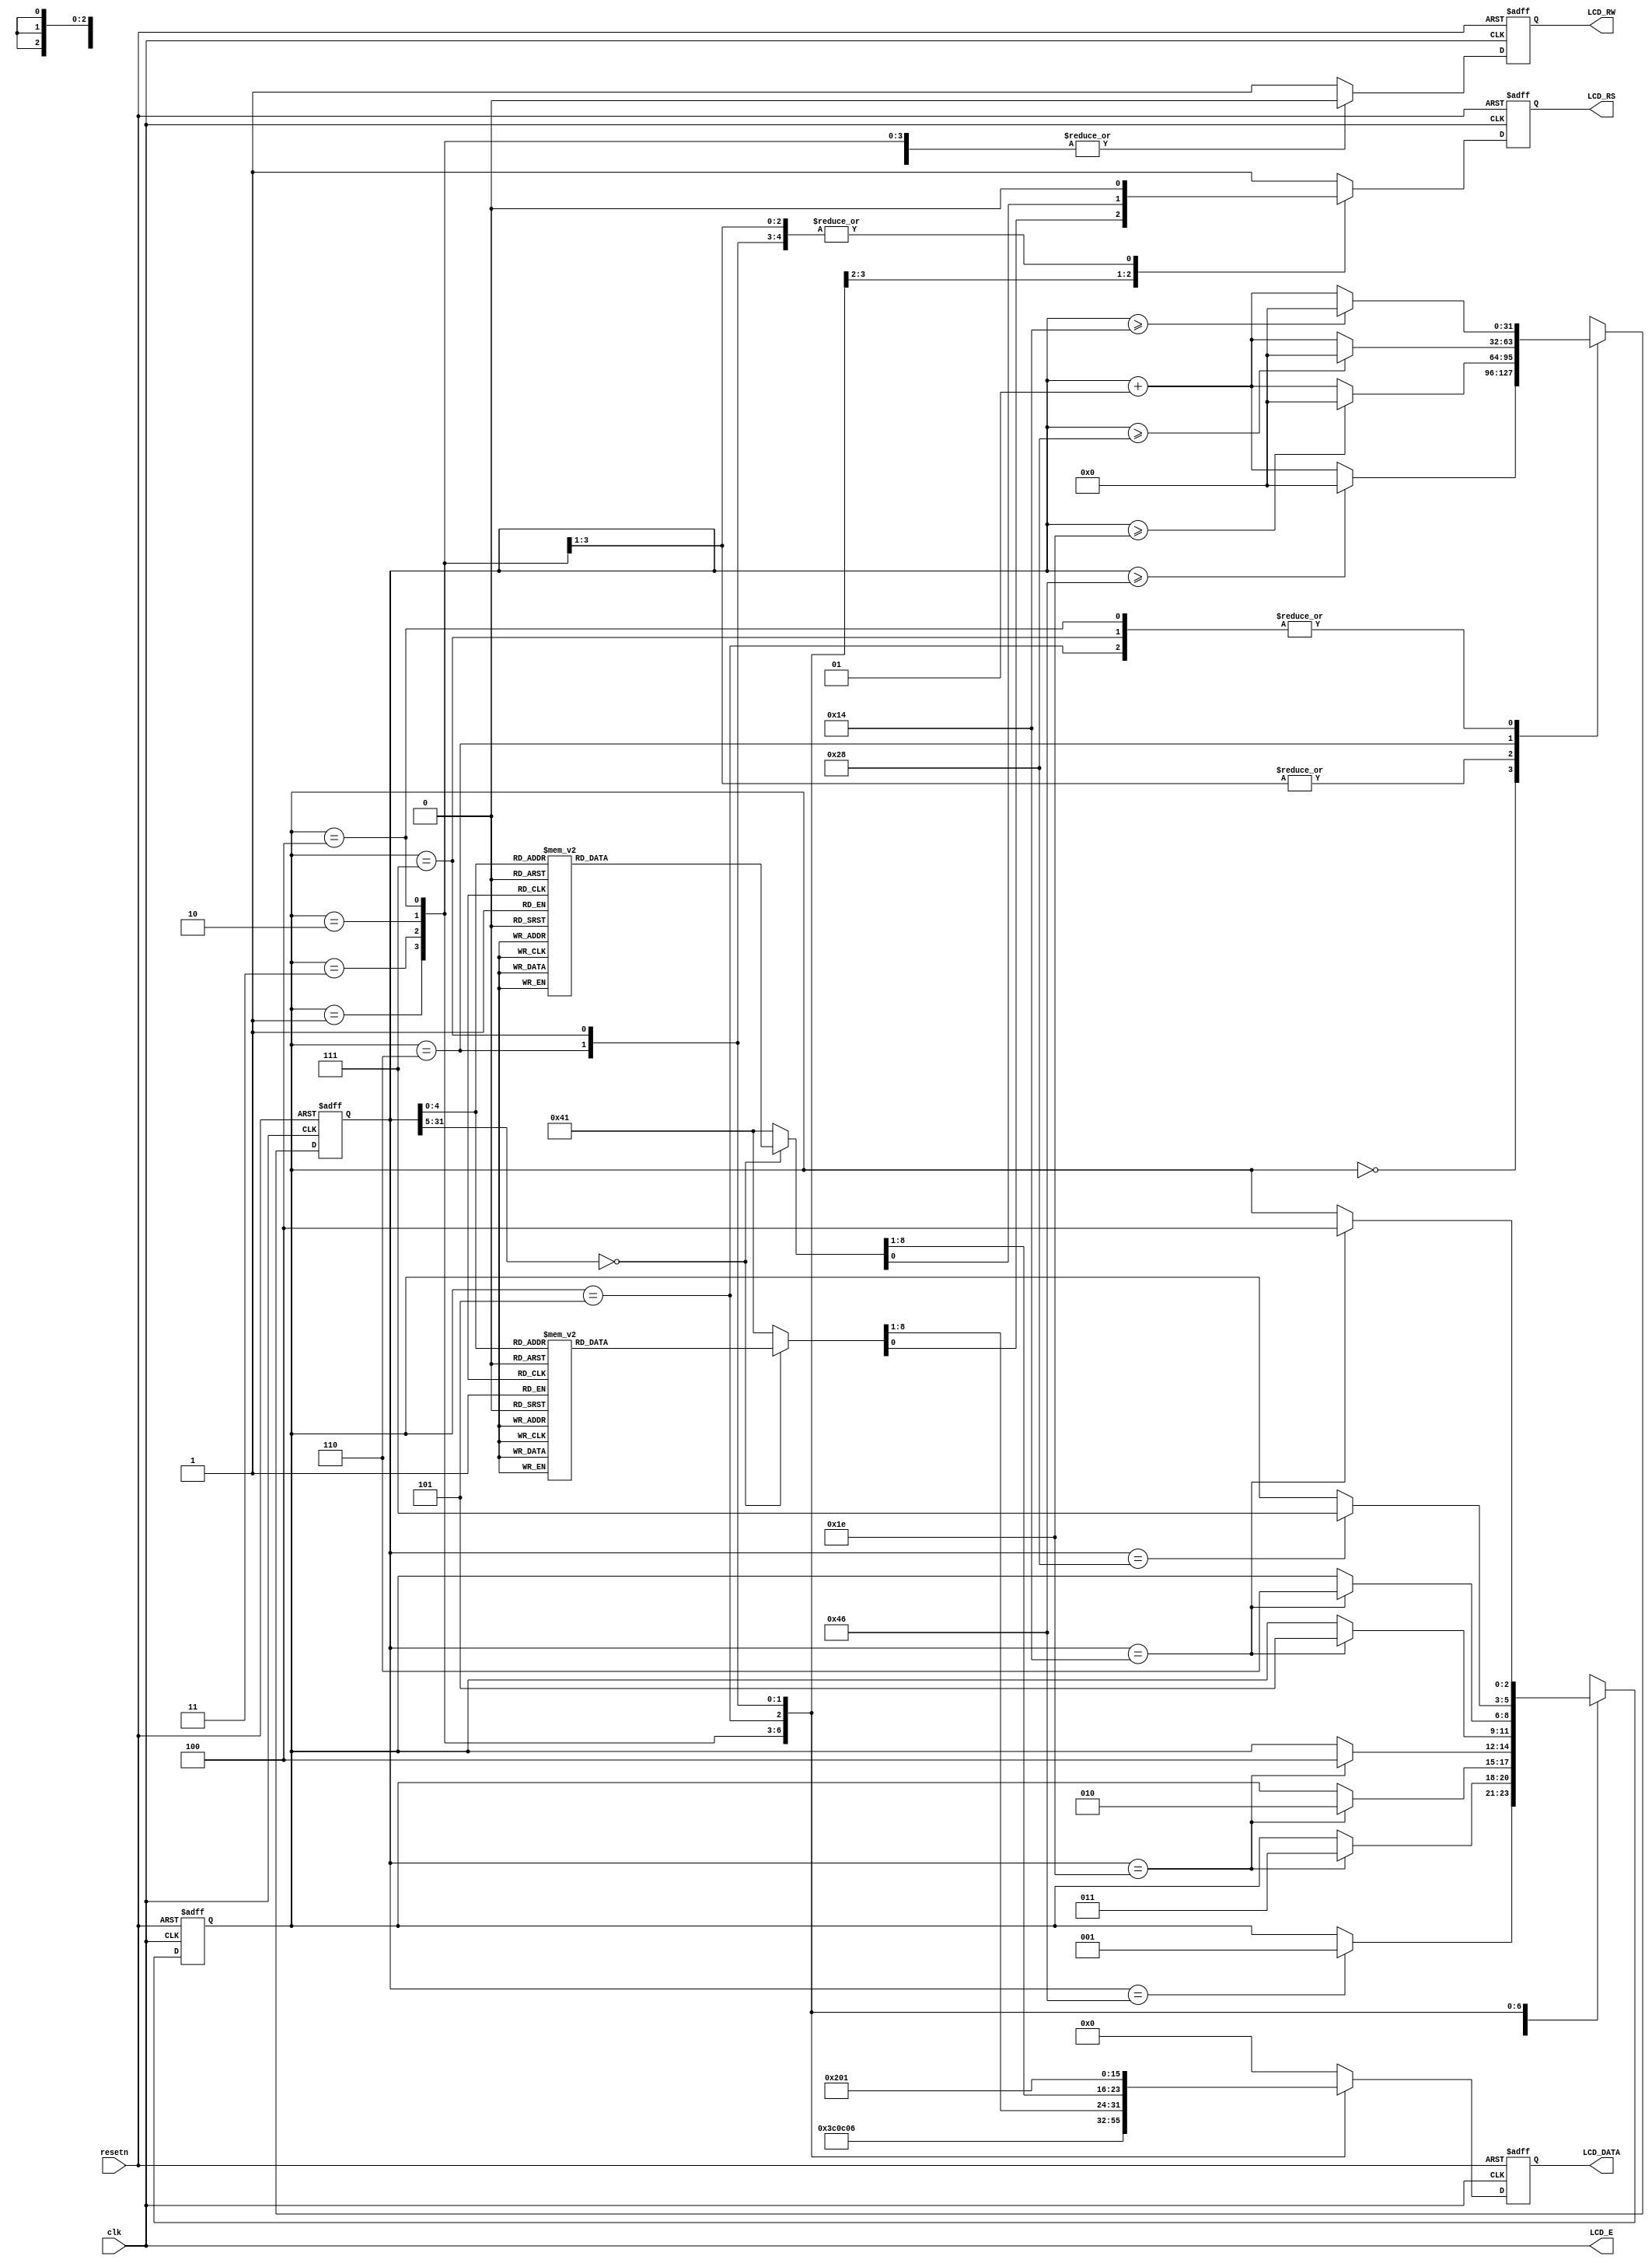
module textlcd6(resetn,clk,LCD_E,LCD_RS,LCD_RW,LCD_DATA);

input resetn,clk;
output LCD_E,LCD_RS,LCD_RW;
output [7:0]LCD_DATA;

wire LCD_E;
reg LCD_RS,LCD_RW;
reg [7:0] LCD_DATA;
reg [2:0] state;

parameter   delay          =3'b000, 
            function_set   =3'b001,
            entry_mode     =3'b010,
            disp_onoff     =3'b011,
            line1          =3'b100,  
            line2          =3'b101,
            delay_t        =3'b110,
            clear_disp     =3'b111;

integer CNT;

always @(posedge resetn or posedge clk)
begin
   if(resetn) state = delay;
   else begin   
      case(state)
         delay:            if(CNT==70)    state = function_set;
         function_set:     if(CNT==30)    state = disp_onoff;
         disp_onoff:       if(CNT==30)    state = entry_mode;
         entry_mode:       if(CNT==30)    state = line1;
         line1:            if(CNT==20)    state = line2;
         line2:            if(CNT==20)    state = delay_t;
         delay_t:          if(CNT==40)   state = clear_disp;
         clear_disp:       if(CNT==20)   state = line1;
         default:                         state = delay;
      endcase
   end
end


always @(posedge resetn or posedge clk)
begin
   if(resetn) CNT=0;
   else
      begin   
         case(state)
            delay:          if(CNT>=70)CNT=0;
                           else CNT=CNT+1;
            function_set:    if(CNT>=30)CNT=0;
                           else CNT=CNT+1;
            disp_onoff:      if(CNT>=30)CNT=0;
                           else CNT=CNT+1;
            entry_mode:      if(CNT>=30)CNT=0;
                           else CNT=CNT+1;
            line1:         if(CNT>=20)CNT=0;
                           else CNT=CNT+1;
            line2:         if(CNT>=20)CNT=0;
                           else CNT=CNT+1;
            delay_t:         if(CNT>=40)CNT=0;
                           else CNT=CNT+1;
            clear_disp:    if(CNT>=20)CNT=0;
                           else CNT=CNT+1;
            default:         CNT=0;
         endcase
      end
end




always @(posedge resetn or posedge clk)
begin
   if(resetn) begin
      LCD_RS=1'b1;
      LCD_RW=1'b1;
      LCD_DATA=8'b00000000;
   end
   else
      begin   
         case(state)
            function_set:    begin
                              LCD_RS=1'b0;
                              LCD_RW=1'b0;
                              LCD_DATA=8'b00111100;
                           end
            disp_onoff:      begin
                              LCD_RS=1'b0;
                              LCD_RW=1'b0;
                              LCD_DATA=8'b00001100;
                           end
            entry_mode:      begin
                              LCD_RS=1'b0;
                              LCD_RW=1'b0;
                              LCD_DATA=8'b00000110;
                           end
            line1:         begin
                              LCD_RW=1'b0;
                              case(CNT)
                                 0:begin
                                    LCD_RS=1'b0;LCD_DATA=8'b10000000;//address
                                 end
                                 1:begin
                                    LCD_RS=1'b1;LCD_DATA=8'b01011001;//address
                                    //y
                                 end
                                 2:begin
                                    LCD_RS=1'b1;LCD_DATA=8'b01001111;//address
                                    //o
                                 end
                                 3:begin
                                    LCD_RS=1'b1;LCD_DATA=8'b01010101;//address
                                    //u
                                 end
                                 4:begin
                                    LCD_RS=1'b1;LCD_DATA=8'b00100000;//address
                                    //
                                 end
                                 5:begin
                                    LCD_RS=1'b1;LCD_DATA=8'b01010111;//address
                                    //w
                                 end
                                 6:begin
                                    LCD_RS=1'b1;LCD_DATA=8'b01001001;//address
                                    //i
                                 end
                                 7:begin
                                    LCD_RS=1'b1;LCD_DATA=8'b01101110;//address
                                    //n
                                 end
                                 8:begin
                                    LCD_RS=1'b1; LCD_DATA=8'b00100001;
                                    //!
                                 end
                                 9:begin
                                    LCD_RS=1'b1; LCD_DATA=8'b00100001;
                                    //!
                                 end
                                 10:begin
                                    LCD_RS=1'b1;LCD_DATA=8'b00100001;
                                    //!
                                 end
                                 11:begin
                                    LCD_RS=1'b1;LCD_DATA=8'b00100000;
                                    //
                                 end
                                 12:begin
                                    LCD_RS=1'b1;LCD_DATA=8'b00100000;
                                    //
                                 end
                                 13:begin
                                    LCD_RS=1'b1;LCD_DATA=8'b00100000;
                                    //
                                 end
                                 14:begin
                                    LCD_RS=1'b1;LCD_DATA=8'b00100000;
                                    //
                                 end
                                 15:begin
                                    LCD_RS=1'b1;LCD_DATA=8'b00100000;
                                    //
                                 end
                                 16:begin
                                    LCD_RS=1'b1;LCD_DATA=8'b00100000;
                                    //
                                 end
                                 default:begin
                                    LCD_RS=1'b1;LCD_DATA=8'b00100000;//
                                 end
                              endcase
                           end
            line2:         begin
                              LCD_RW=1'b0;
                              case(CNT)
                                 0:begin
                                    LCD_RS=1'b0;LCD_DATA=8'b11000000;//address
                                 end
                                 1:begin
                                    LCD_RS=1'b1;LCD_DATA=8'b01010000;//address
                                    //p
                                 end
                                 2:begin
                                    LCD_RS=1'b1;LCD_DATA=8'b01010010;//address
                                    //r
                                 end
                                 3:begin
                                    LCD_RS=1'b1;LCD_DATA=8'b01000101;//address
                                    //e
                                 end
                                 4:begin
                                    LCD_RS=1'b1;LCD_DATA=8'b01010011;//address
                                    //s
                                 end
                                 5:begin
                                    LCD_RS=1'b1;LCD_DATA=8'b01010011;//address
                                    //s
                                 end
                                 6:begin
                                    LCD_RS=1'b1;LCD_DATA=8'b00100000;//address
                                    //
                                 end
                                 7:begin
                                    LCD_RS=1'b1;LCD_DATA=8'b00100011;//address
                                    //#
                                 end
                                 8:begin
                                    LCD_RS=1'b1;LCD_DATA=8'b00100000;//address
                                    //
                                 end
                                 9:begin
                                    LCD_RS=1'b1;LCD_DATA=8'b00100000;//address
                                    //
                                 end
                                 10:begin
                                    LCD_RS=1'b1;LCD_DATA=8'b00100000;//address
                                    //
                                 end
                                 11:begin
                                    LCD_RS=1'b1;LCD_DATA=8'b00100000;
                                    //
                                 end
                                 12:begin
                                    LCD_RS=1'b1;LCD_DATA=8'b00100000;
                                    //
                                 end
                                 13:begin
                                    LCD_RS=1'b1;LCD_DATA=8'b00100000;
                                    // 
                                 end
                                 14:begin
                                    LCD_RS=1'b1;LCD_DATA=8'b00100000;
                                    // 
                                 end
                                 15:begin
                                    LCD_RS=1'b1;LCD_DATA=8'b00100000;
                                    // 
                                 end
                                 16:begin
                                    LCD_RS=1'b1;LCD_DATA=8'b00100000;
                                    // 
                                 end
                                 default:begin
                                    LCD_RS=1'b1;LCD_DATA=8'b00100000;//
                                 end
                              endcase
                           end
            delay_t:         begin
                              LCD_RS=1'b0;
                              LCD_RW=1'b0;
                              LCD_DATA=8'b00000010;
                           end
            clear_disp:    begin
                              LCD_RS=1'b0;
                              LCD_RW=1'b0;
                              LCD_DATA=8'b00000001;
                           end
            default:         begin
                              LCD_RS=1'b1;
                              LCD_RW=1'b1;
                              LCD_DATA=8'b00000000;
                           end
         endcase
      end
end

assign LCD_E=clk;

endmodule